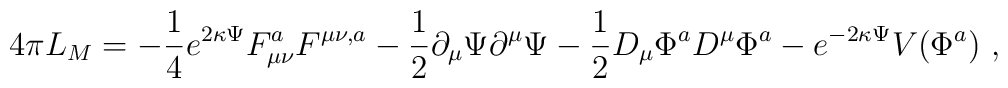
4\pi L_{M}=-\frac{1}{4} e^{2\kappa\Psi}F_{\mu\nu}^{a}F^{\mu\nu,a}-\frac{1}{2}\partial_{\mu}\Psi\partial^{\mu}\Psi-\frac{1}{2}D_{\mu}\Phi^{a} D^{\mu}\Phi^{a}-e^{-2\kappa\Psi}V(\Phi^{a})\ ,